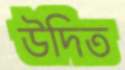
উদিত